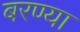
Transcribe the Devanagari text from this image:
बरण्या